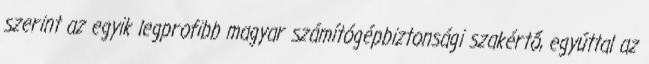
szerint az egyik legprofibb magyar számítógépbiztonsági szakértő, egyúttal az